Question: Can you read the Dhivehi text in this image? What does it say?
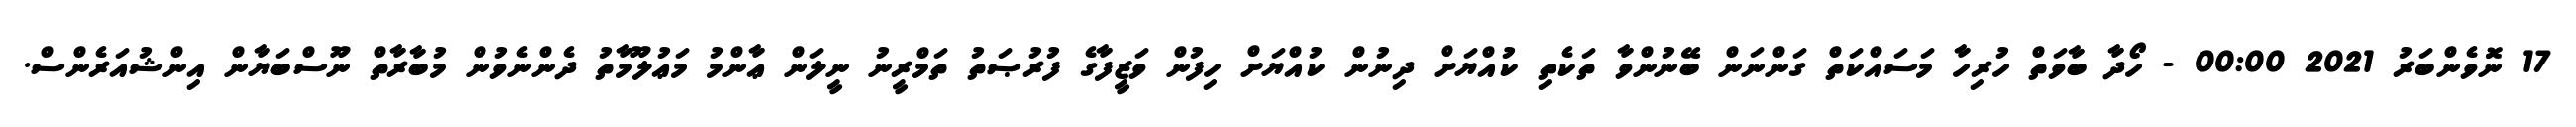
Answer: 17 ނޮވެންބަރު 2021 00:00 - ހޯދާ ބާވަތް ހުރިހާ މަސައްކަތް ގަންނަން ބޭނުންވާ ތަކެތި ކުއްޔަށް ދިނުން ކުއްޔަށް ހިފުން ވަޒީފާގެ ފުރުޞަތު ތަމްރީނު ނީލަން ޢާންމު މަޢުލޫމާތު ދެންނެވުން މުބާރާތް ނޫސްބަޔާން އިންޝުއަރެންސް.